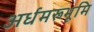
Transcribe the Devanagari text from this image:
अर्धमरूभूमि